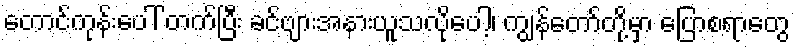
တောင်ကုန်းပေါ် တက်ပြီး ခင်ဗျားအနားယူသလိုပေါ့၊ ကျွန်တော်တို့မှာ ပြောစရာတွေ